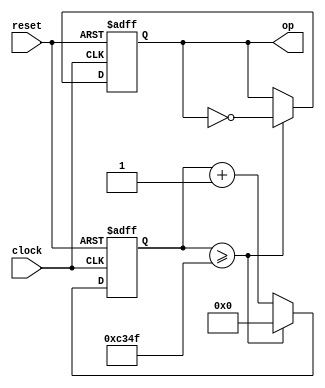
`timescale 1ns / 1ps
//////////////////////////////////////////////////////////////////////////////////
// Company: EC311
// 
// Design Name: 
// Module Name: clock_divider_1kHz
// Project Name: Lab 2
// Target Devices: 
// Tool Versions: 
// Description: 
// 
// Dependencies: 
// 
// Revision:
// Revision 0.01 - File Created
// Additional Comments: https://learn.digilentinc.com/Documents/262
//                      https://www.fpga4student.com/2017/08/verilog-code-for-clock-divider-on-fpga.html
// 
//////////////////////////////////////////////////////////////////////////////////


module clock_divider_1kHz(
    input clock, reset, 
    output reg op
    );
    
    /*100 000 clock cycles before op goes to 1 and returns to 0 - half this for op to toggle*/
    parameter constantNumber = 50000;
    
    /*Counter to count the external clock cycles*/
    reg[31:0] count;
    always@(posedge clock, posedge reset) begin
        if(reset) begin
            count <= 0;
        end
        else if(count >= constantNumber-1) begin
            count <= 0;
        end
        else begin
            count <= count + 1'b1;
        end
    end
    
    /*FF where enable bit is op of counter & op is divided clock*/
    always@(posedge clock, posedge reset) begin
        if(reset) begin
            op <= 0;
        end
        else if(count >= constantNumber-1) begin
            op <= ~op;
        end
        else begin
            op <= op;
        end
    end
endmodule